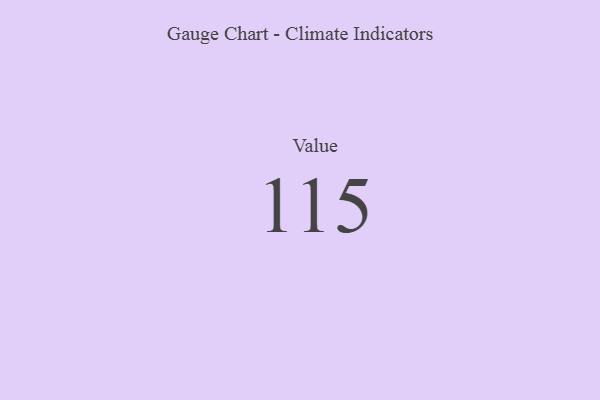
{"axis": {"x": "Metric", "y": "Value"}, "legend": [""], "data": [{"x": "Value", "y": 115, "type": ""}]}